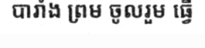
បារាំង ព្រម ចូលរួម ធ្វើ